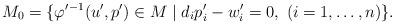
LaTeX: \begin{align*}M_0=\{ \varphi'{}^{-1}(u',p')\in M\mid d_i p'_i - w'_i=0,\ (i=1,\dots,n)\}.\end{align*}